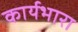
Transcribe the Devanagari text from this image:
कार्यभारा